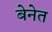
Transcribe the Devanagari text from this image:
बेनेत